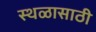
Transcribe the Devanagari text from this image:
स्थळासाठी